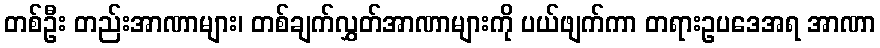
တစ်ဦး တည်းအာဏာများ၊ တစ်ချက်လွှတ်အာဏာများကို ပယ်ဖျက်ကာ တရားဥပဒေအရ အာဏာ